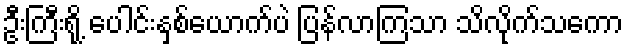
ဦးကြီးရို့ ပေါင်းနှစ်ယောက်ပဲ ပြန်လာကြသာ သိလိုက်သကော